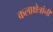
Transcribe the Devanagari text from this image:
कलाक्षेत्रांनी